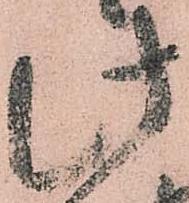
此